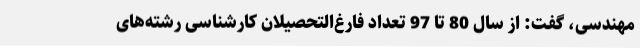
مهندسی، گفت: از سال 80 تا 97 تعداد فارغ‌التحصیلان کارشناسی رشته‌های